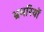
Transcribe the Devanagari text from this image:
भ्रमरियों